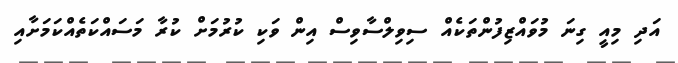
އަދި މިއީ ގިނަ މުވައްޒިފުންތަކެއް ސިވިލްސާވިސް އިން ވަކި ކުރުމަށް ކުރާ މަސައްކަތެއްކަމަށާއި